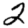
Digit: 2